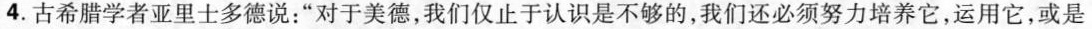
4.古希腊学者亚里士多德说：”对于美德，我们仅止于认识是不够的，我们还必须努力培养它，运用它，或是